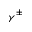
\gamma ^ { \pm }